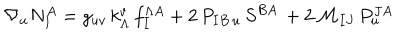
LaTeX: \nabla _ { u } N _ { I } ^ { A } = g _ { u v } \, k _ { \Lambda } ^ { v } \, f _ { I } ^ { \Lambda A } + 2 \, P _ { I B \, u } \, S ^ { B A } \, + 2 \, { \mathcal { M } } _ { I J } \, P _ { u } ^ { J A }